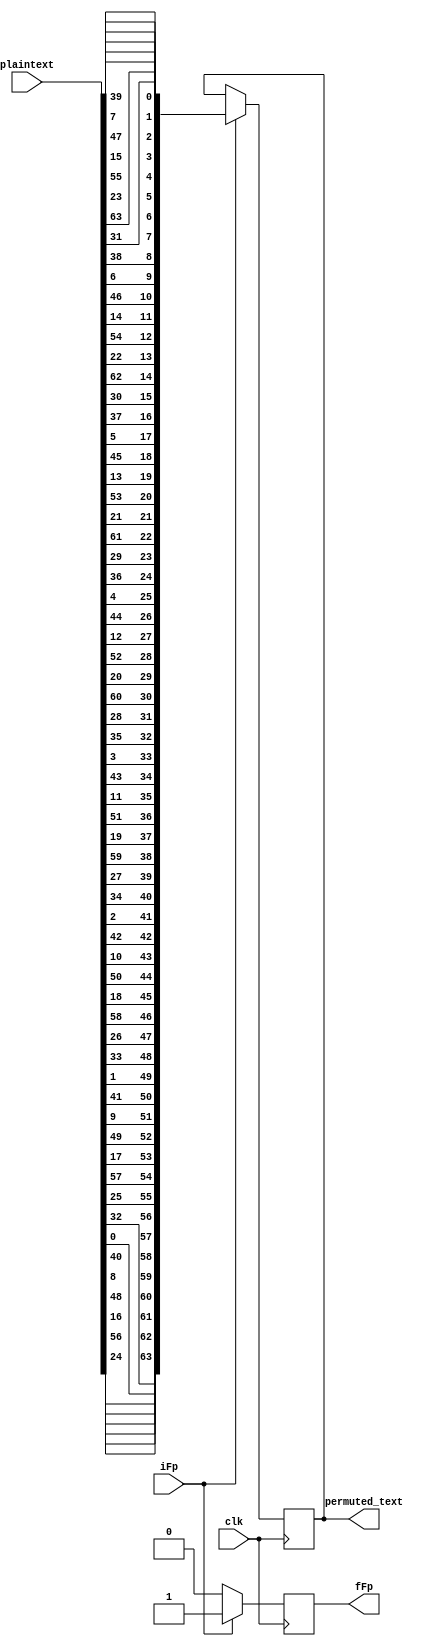
module FP(
  input clk, iFp,
  output reg fFp,
  input [0:63] plaintext,
  output reg [63:0] permuted_text
);
	
//	always @(posedge iFp)
//		fFp <= 1'b0;
		
	always @(posedge clk) begin
		if(iFp == 1'b1) begin 
//			permuted_text <= { 
//						plaintext[24], plaintext[56], plaintext[16], plaintext[48], plaintext[8], plaintext[40], plaintext[0], plaintext[32],
//						plaintext[25], plaintext[57], plaintext[17], plaintext[49], plaintext[9], plaintext[41], plaintext[1], plaintext[33],
//						plaintext[26], plaintext[58], plaintext[18], plaintext[50], plaintext[10], plaintext[42], plaintext[2], plaintext[34],
//						plaintext[27], plaintext[59], plaintext[19], plaintext[51], plaintext[11], plaintext[43], plaintext[3], plaintext[35],
//						plaintext[28], plaintext[60], plaintext[20], plaintext[52], plaintext[13], plaintext[44], plaintext[4], plaintext[36],
//						plaintext[29], plaintext[61], plaintext[21], plaintext[53], plaintext[13], plaintext[45], plaintext[5], plaintext[37],
//						plaintext[30], plaintext[62], plaintext[22], plaintext[54], plaintext[14], plaintext[46], plaintext[6], plaintext[38],
//						plaintext[31], plaintext[63], plaintext[23], plaintext[55], plaintext[15], plaintext[47], plaintext[7], plaintext[39] };
			permuted_text <= {
						 plaintext[39],  plaintext[7], plaintext[47], plaintext[15],  plaintext[55], plaintext[23], plaintext[63], plaintext[31],
						 plaintext[38],  plaintext[6], plaintext[46], plaintext[14],  plaintext[54], plaintext[22], plaintext[62], plaintext[30],
						 plaintext[37],  plaintext[5], plaintext[45], plaintext[13],  plaintext[53], plaintext[21], plaintext[61], plaintext[29],
						 plaintext[36],  plaintext[4], plaintext[44], plaintext[12],  plaintext[52], plaintext[20], plaintext[60], plaintext[28],
						 plaintext[35],  plaintext[3], plaintext[43], plaintext[11],  plaintext[51], plaintext[19], plaintext[59], plaintext[27],
						 plaintext[34],  plaintext[2], plaintext[42], plaintext[10],  plaintext[50], plaintext[18], plaintext[58], plaintext[26],
						 plaintext[33],  plaintext[1], plaintext[41], plaintext[9],   plaintext[49], plaintext[17], plaintext[57], plaintext[25],
						 plaintext[32],  plaintext[0], plaintext[40], plaintext[8],   plaintext[48], plaintext[16], plaintext[56], plaintext[24]
			};
			fFp <= 1'b1;

		end else begin
			fFp <= 1'b0;
		end
	end

endmodule